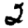
Digit: 2